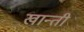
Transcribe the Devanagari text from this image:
खान्ती